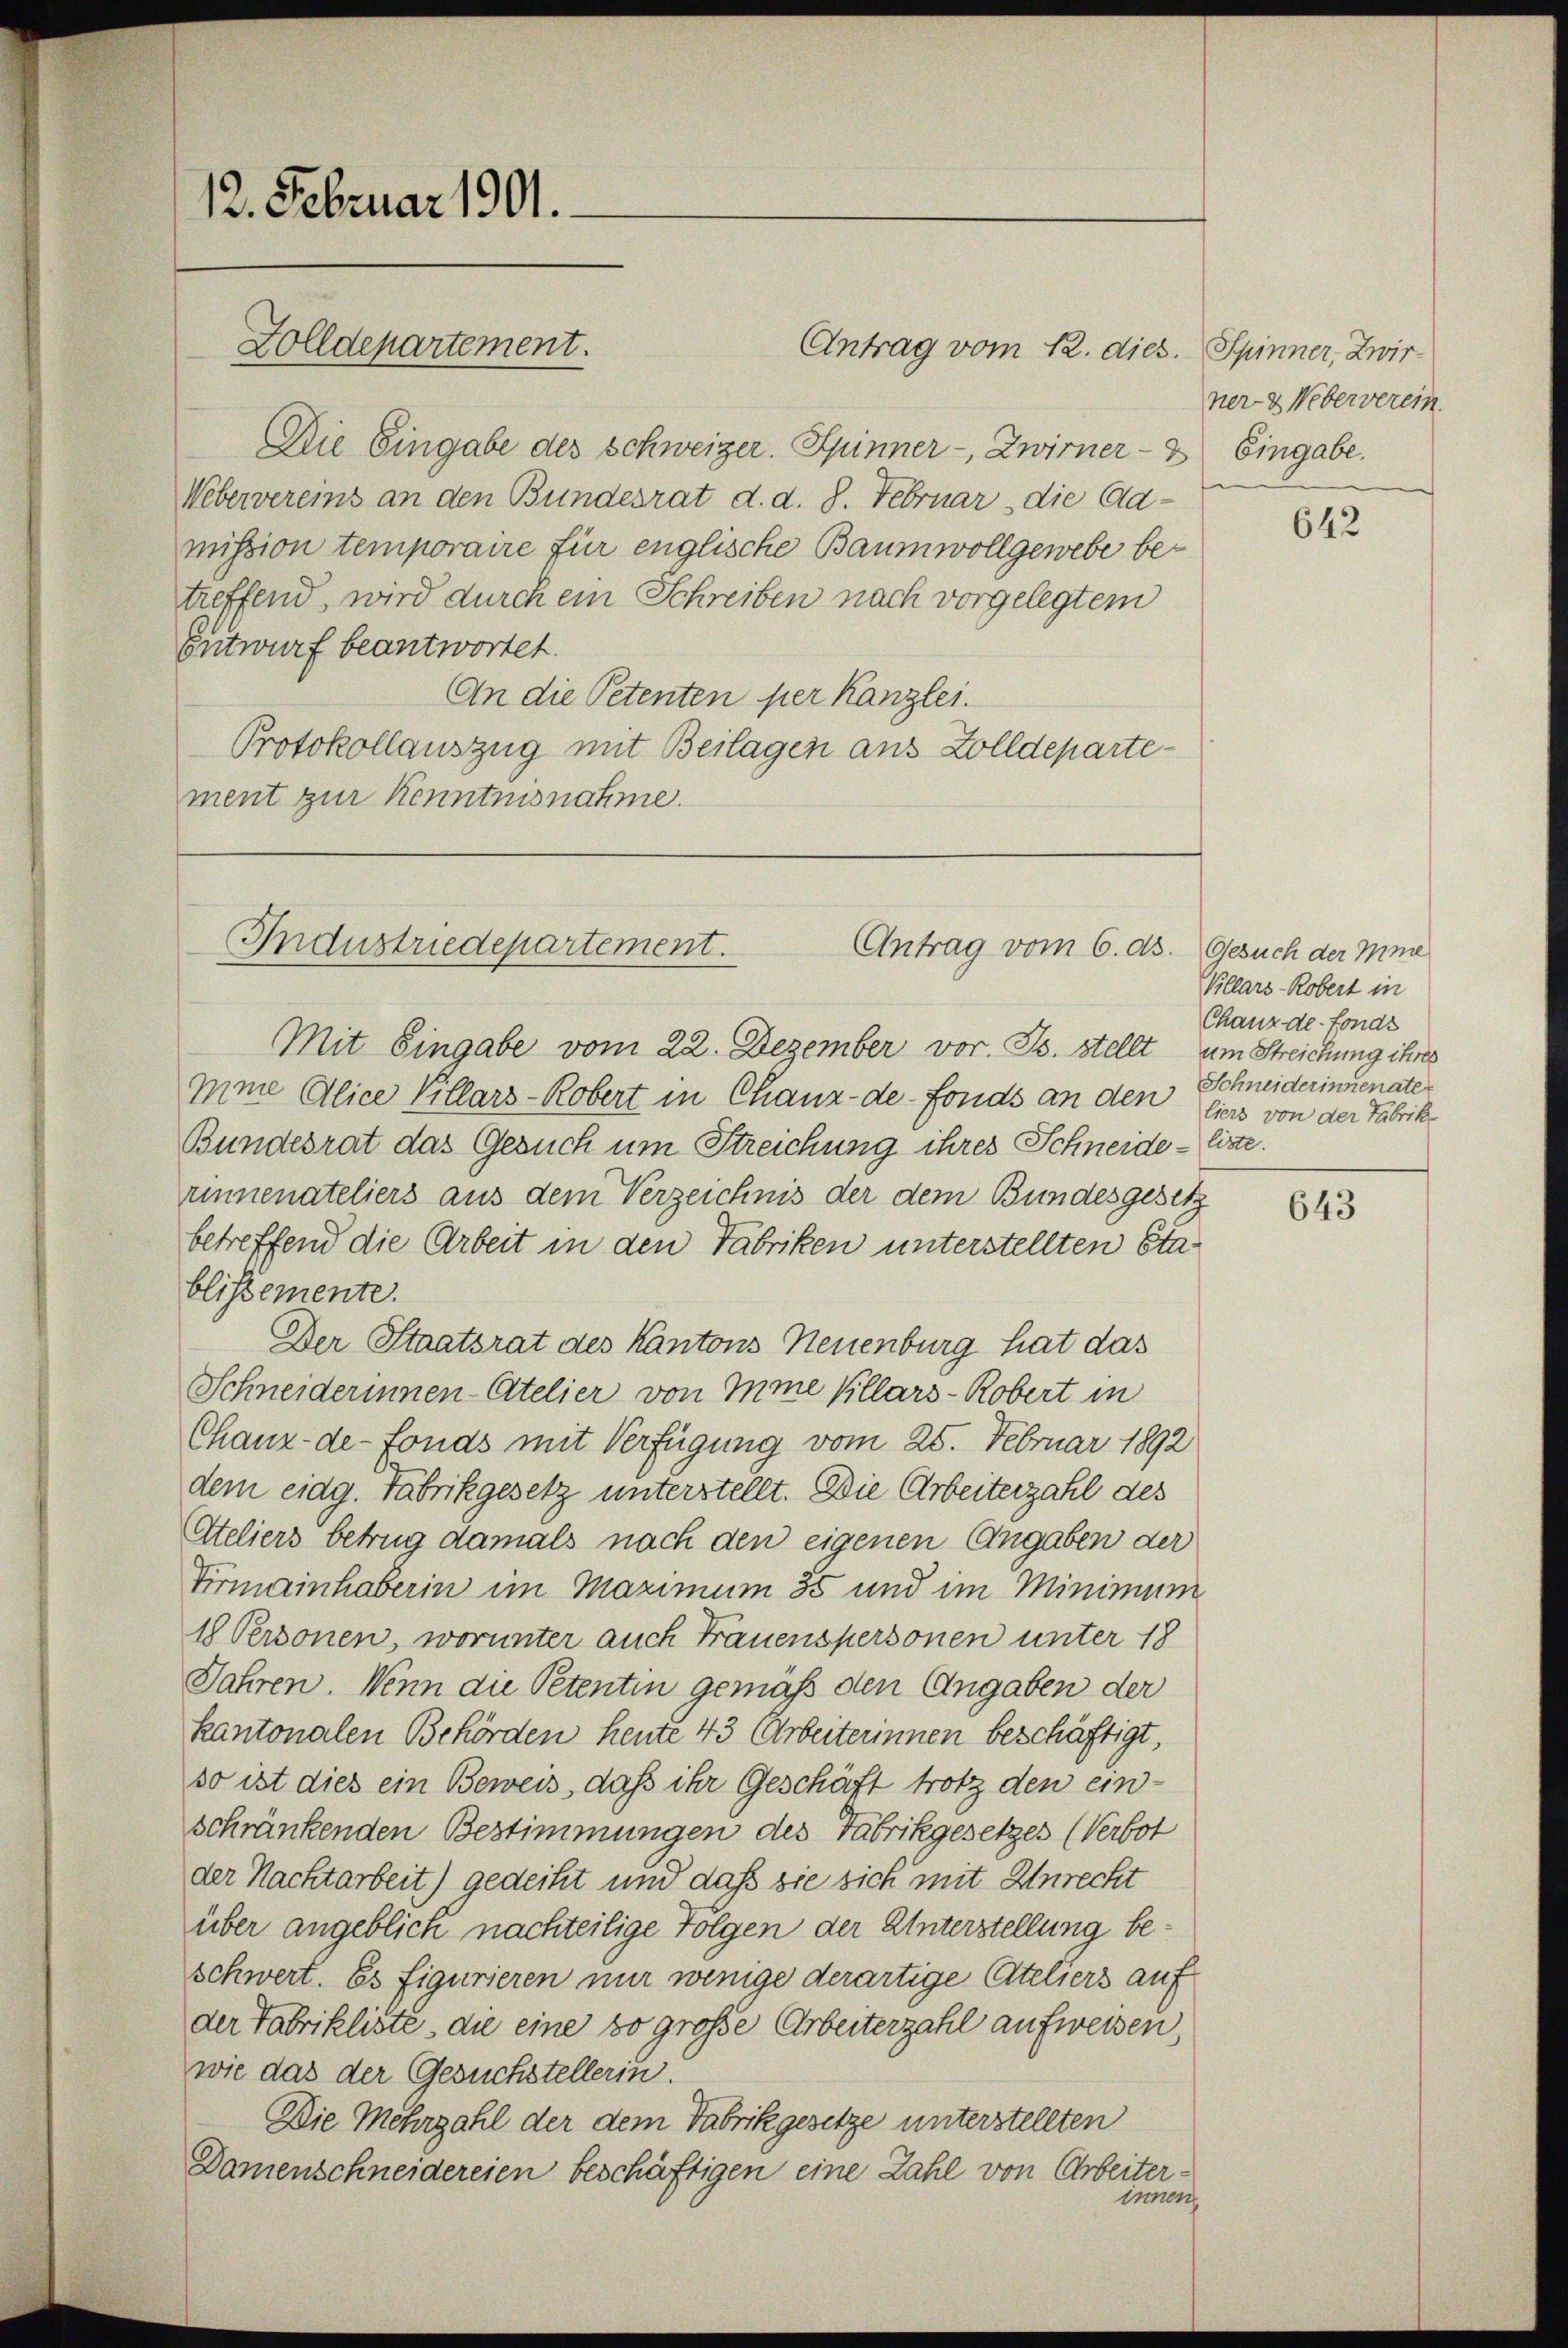
12. Februar 1901.
Golldepartement.

Die Eingabe des Schweizer. Spinner -, Zwirner - 3
Webervereins an den Bundesrat d. d. 8. Februar die Aamission temporaire für englische Baumwollgewebe betreffend, wird durch ein Schreiben nach vorgelegtem
Entwurf beantwortet.
An die Petenten per Kanzlei.
Protokollauszug mit Beilagen aus Zolldepartement zur Kenntnisnahme.

Antrag vom 12. dies. Spinner, Zwir¬

Industriedepartement.
Antrag vom 6. ds. Gesuch der Mine

Mit Eingabe vom 22. Dezember vor. Js. stellt um Streichung ihres
mine Alice Villars-Kobert in Chaux-de-Fonds an den liess von der Fabrik
Bundesrat das Gesuch um Streichung ihres Schneide-liste.
rinnenateliers aus dem Verzeichnis der dem Bundesgesetz
betreffend die Arbeit in den Fabriken unterstellten Stablissemente.
Der Staatsrat des Kantons Neuenburg hat das
Schneiderinnen-Atelier von Ime Pillars-Robert in
Chaux-de-Fonds mit Verfügung vom 25. Februar 1892
dem eidg. Fabrikgesetz unterstellt. Die Arbeiterzahl des
Ateliers betrug damals nach den eigenen Angaben der
Tirmainhaberin im Maximum 35 und im Minimum
1 Personen, worunter auch Frauenspersonen unter 18
Jahren. Wenn die Petentin gemäß den Angaben der
kantonalen Behörden heute 43 Arbeiterinnen beschäftigt,
so ist dies ein Beweis, daß ihr Geschäft trotz den einschränkenden Bestimmungen des Fabrikgesetzes (Verbot
der Nachtarbeit) gedeiht und daß sie sich mit Unrecht
über angeblick nachteilige Folgen der Unterstellung beschwert. Es figurieren nur wenige derartige Ateliers auf
der Fabrikliste, die eine so große Arbeiterzahl aufweisen,
wie das der Gesuchstellerin.
Die Mehrzahl der dem Fabrikgesetze unterstellten
Damenschneidereien beschäftigen eine Zahl von Arbeiter-
innen

ner- & Weberverein.
Eingabe.

642

Villars-Robert in
Chaux-de-Fonds
Schneiderinnenate

643